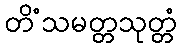
တိံသမတ္တသုတ္တံ